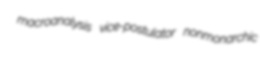
macroanalysis vice-postulator nonmonarchic